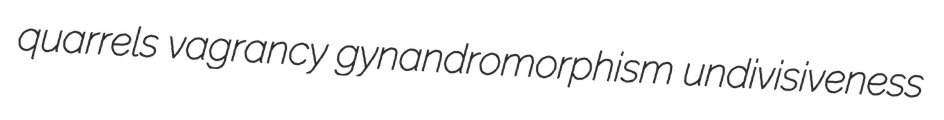
quarrels vagrancy gynandromorphism undivisiveness